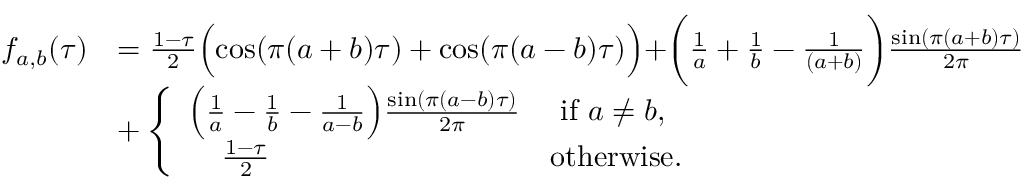
\begin{array} { r l } { f _ { a , b } ( \tau ) } & { = \frac { 1 - \tau } { 2 } \Bigl ( \cos ( \pi ( a + b ) \tau ) + \cos ( \pi ( a - b ) \tau ) \Bigr ) + \biggr ( \frac { 1 } { a } + \frac { 1 } { b } - \frac { 1 } { ( a + b ) } \biggr ) \frac { \sin ( \pi ( a + b ) \tau ) } { 2 \pi } } \\ & { + \left\{ \begin{array} { l l } { \Bigl ( \frac { 1 } { a } - \frac { 1 } { b } - \frac { 1 } { a - b } \Bigr ) \frac { \sin ( \pi ( a - b ) \tau ) } { 2 \pi } } & { \mathrm { ~ i f ~ } a \neq b , } \\ { \; \; \; \; \frac { 1 - \tau } { 2 } } & { \mathrm { o t h e r w i s e . } } \end{array} \right. } \end{array}